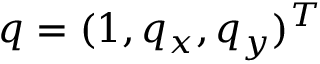
q = ( 1 , q _ { x } , q _ { y } ) ^ { T }